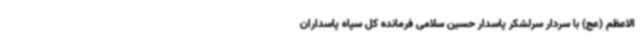
الاعظم (عج) با سردار سرلشکر پاسدار حسین سلامی فرمانده کل سپاه پاسداران